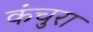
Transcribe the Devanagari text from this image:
कंचुरा